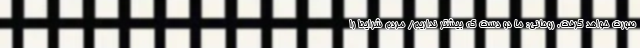
صورت خواهد گرفت. روحانی: ما دو دست که بیشتر نداریم/ مردم شرایط را